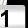
Digit: 1